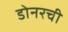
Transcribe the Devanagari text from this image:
डोनरची